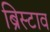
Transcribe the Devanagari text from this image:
ब्रिस्टाव